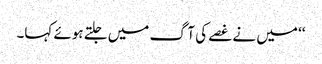
‘‘ میں نے غصے کی آگ میں جلتے ہوئے کہا۔